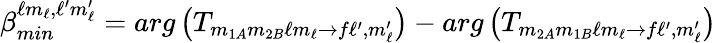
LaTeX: \beta_{min}^{\ell m_{\ell},\ell^{\prime}m_{\ell}^{\prime}}=arg\left(T_{m_{1A}m_{2B}\ell m_{\ell}\rightarrow f\ell^{\prime},m_{\ell}^{\prime}}\right)-arg\left(T_{m_{2A}m_{1B}\ell m_{\ell}\rightarrow f\ell^{\prime},m_{\ell}^{\prime}}\right)